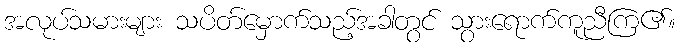
အလုပ်သမားများ သပိတ်မှောက်သည့်အခါတွင် သွားရောက်ကူညီကြ၏။